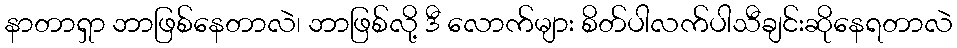
နာတာရှာ ဘာဖြစ်နေတာလဲ၊ ဘာဖြစ်လို့ ဒီ လောက်များ စိတ်ပါလက်ပါသီချင်းဆိုနေရတာလဲ